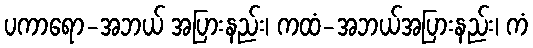
ပကာရော-အဘယ် အပြားနည်း၊ ကထံ-အဘယ်အပြားနည်း၊ ကံ